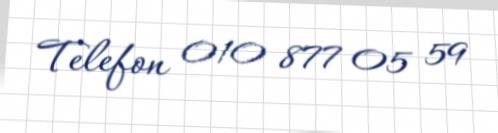
Telefon 010 877 05 59